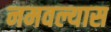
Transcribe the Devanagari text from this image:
नमवल्यास